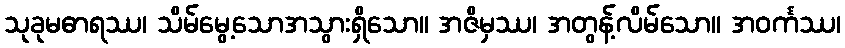
သုခုမဓာရဿ၊ သိမ်မွေ့သောအသွားရှိသော။ အဇိမှဿ၊ အတွန့်လိမ်သော။ အဝင်္ကဿ၊